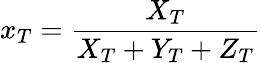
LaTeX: x_{T}={\frac{X_{T}}{X_{T}+Y_{T}+Z_{T}}}